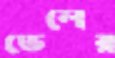
ভেলের